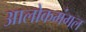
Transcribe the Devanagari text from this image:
आलोकमंगल